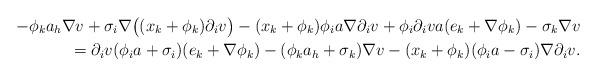
LaTeX: \begin{align*}-\phi_ka_h\nabla v+\sigma_i\nabla\big((x_k+\phi_k)\partial_iv\big)-(x_k+\phi_k)\phi_ia\nabla\partial_iv+\phi_i\partial_iva(e_k+\nabla\phi_k)-\sigma_k \nabla v\\=\partial_iv(\phi_ia+\sigma_i)(e_k+\nabla\phi_k)-(\phi_ka_h+\sigma_k)\nabla v-(x_k+\phi_k)(\phi_ia-\sigma_i)\nabla\partial_iv.\end{align*}